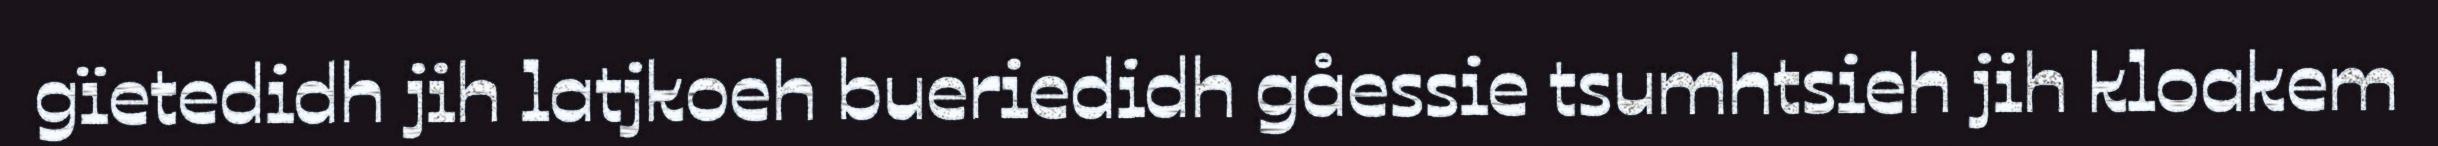
gïetedidh jih latjkoeh bueriedidh gåessie tsumhtsieh jih kloakem